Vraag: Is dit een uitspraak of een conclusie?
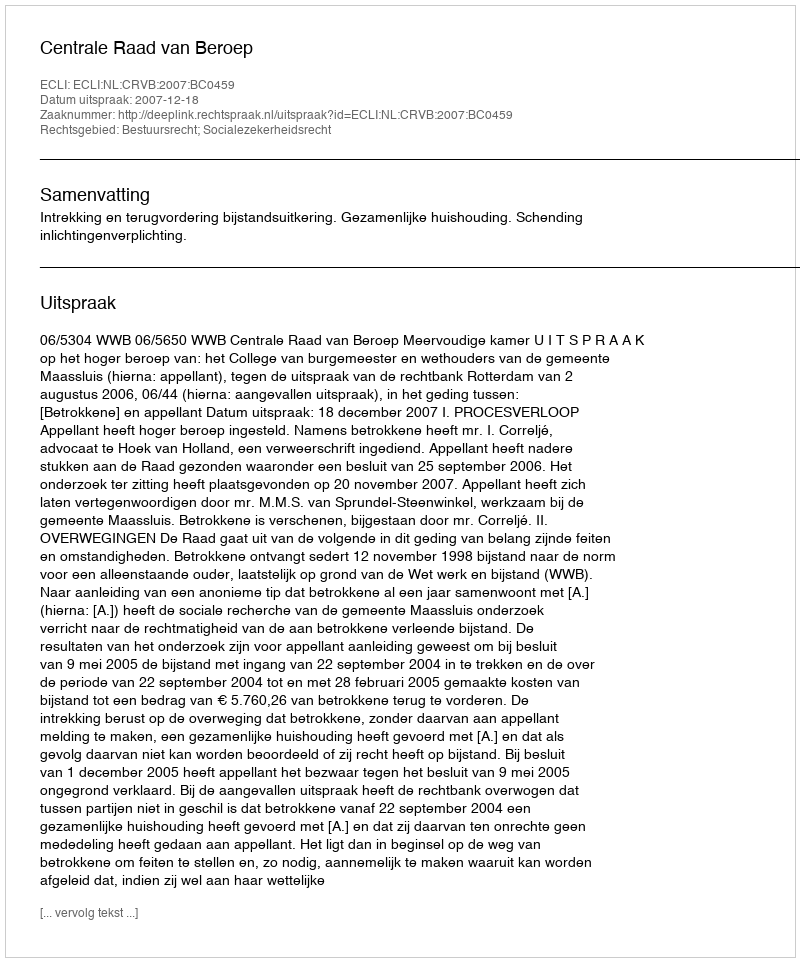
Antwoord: Uitspraak